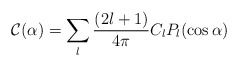
\begin{align*}{\mathcal C} (\alpha) = \sum_l {(2l+1)\over 4\pi} C_l P_l(\cos \alpha)\end{align*}